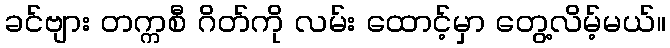
ခင်ဗျား တက္ကစီ ဂိတ်ကို လမ်း ထောင့်မှာ တွေ့လိမ့်မယ်။